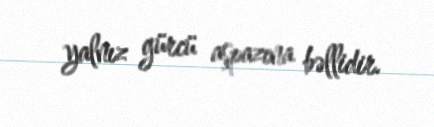
yalnız gürcü aşpazına bəllidir.